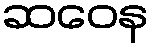
ဆဝေန